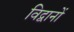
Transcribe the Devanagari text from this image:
विद्वानों